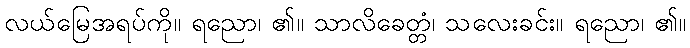
လယ်မြေအရပ်ကို။ ရညော၊ ၏။ သာလိခေတ္တံ၊ သလေးခင်း။ ရညော၊ ၏။